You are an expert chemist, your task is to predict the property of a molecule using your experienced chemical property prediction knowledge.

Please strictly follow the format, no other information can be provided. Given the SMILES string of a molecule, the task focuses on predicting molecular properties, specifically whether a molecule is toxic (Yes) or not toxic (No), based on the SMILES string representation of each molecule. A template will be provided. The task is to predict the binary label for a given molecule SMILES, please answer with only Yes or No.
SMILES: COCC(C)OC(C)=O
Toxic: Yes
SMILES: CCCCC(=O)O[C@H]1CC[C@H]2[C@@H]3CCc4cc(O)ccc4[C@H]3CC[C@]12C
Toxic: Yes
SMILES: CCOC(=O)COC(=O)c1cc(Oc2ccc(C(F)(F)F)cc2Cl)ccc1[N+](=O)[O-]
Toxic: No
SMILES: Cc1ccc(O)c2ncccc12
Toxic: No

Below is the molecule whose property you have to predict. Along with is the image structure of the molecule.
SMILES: CC1(C)S[C@@H]2[C@H](NC(=O)[C@H](C(=O)[O-])c3ccsc3)C(=O)N2[C@H]1C(=O)[O-]
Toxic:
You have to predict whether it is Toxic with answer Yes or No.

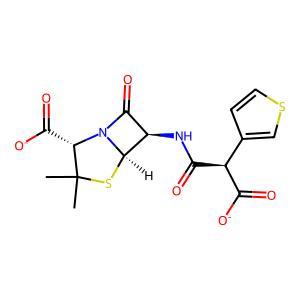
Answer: No